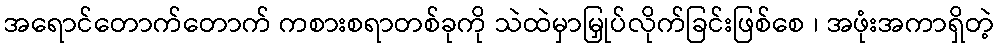
အရောင်တောက်တောက် ကစားစရာတစ်ခုကို သဲထဲမှာမြှုပ်လိုက်ခြင်းဖြစ်စေ ၊ အဖုံးအကာရှိတဲ့